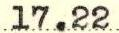
17.22